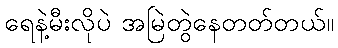
ရေနဲ့မီးလိုပဲ အမြဲတွဲနေတတ်တယ်။